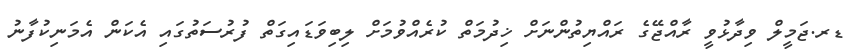
ޑރ.ޖަމީލް ވިދާޅުވީ ރާއްޖޭގެ ރައްޔިތުންނަށް ޚިދުމަތް ކުރެއްވުމަށް ލިބިވަޑައިގަތް ފުރުސަތުގައި އެކަން އެމަނިކުފާނު